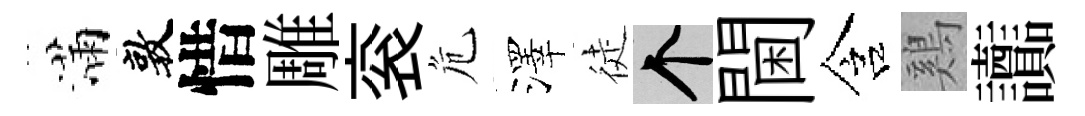
滿敦惜雕衮危澤徒个閫含鷄讟